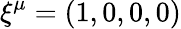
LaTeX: \xi^{\mu}=(1,0,0,0)